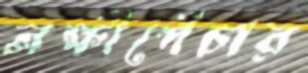
লক্ষীপেঁচার